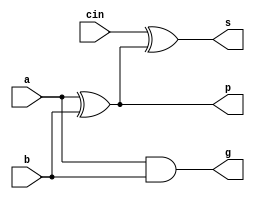
module PFA(input a, input b, input cin, output s, output g, output p);

assign g = a & b;
assign p = a ^ b;
assign s = cin ^ p;

endmodule